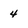
Character: 4